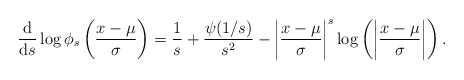
\begin{align*}\frac{\mathrm{d}}{\mathrm{d}s}\log\phi_s\left(\frac{x-\mu}{\sigma}\right)&=\frac{1}{s}+\frac{\psi(1/s)}{s^2}-\left|\frac{x-\mu}{\sigma} \right|^s\log\left(\left|\frac{x-\mu}{\sigma} \right|\right).\end{align*}